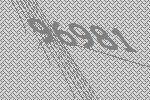
96981